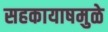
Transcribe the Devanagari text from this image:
सहकायाषमुळे